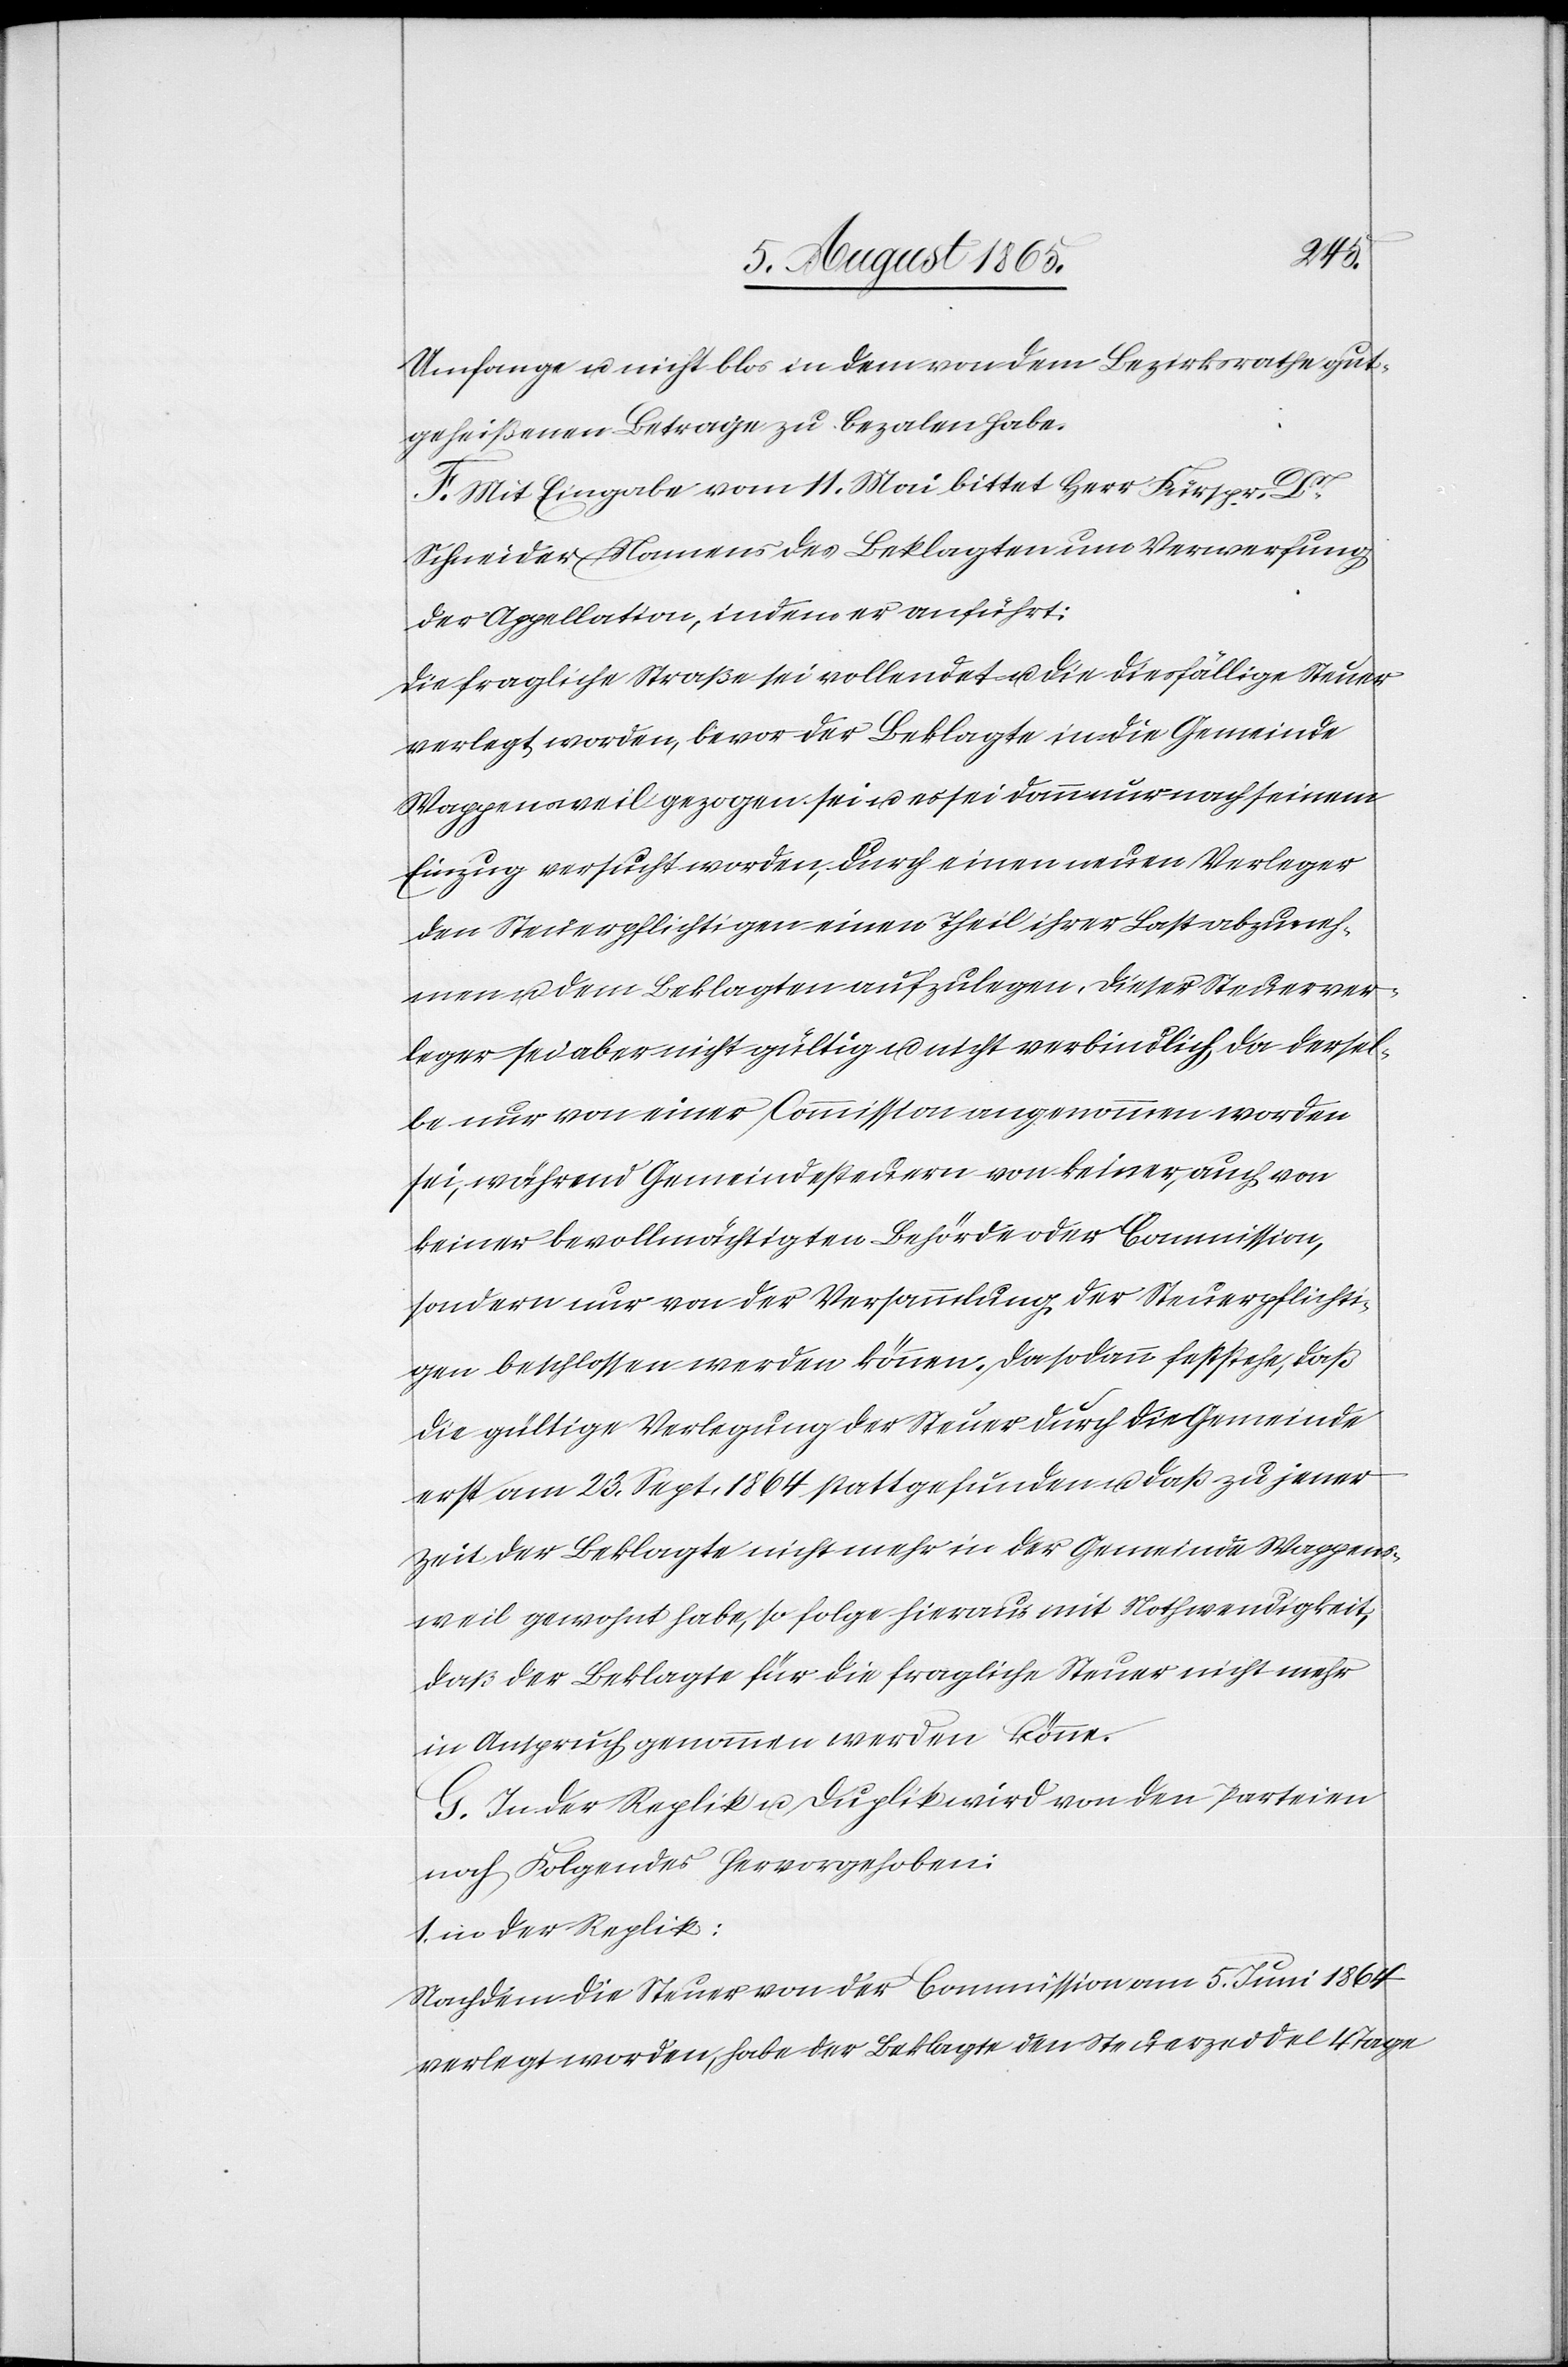
Umfange u. nicht blos in dem von dem Bezirksrathe gut¬
geheißenen Betrage zu bezalen habe.
F. Mit Eingabe vom 11. Mai bittet Herr Fürspr. Dr
Schneider Namens des Beklagten um Verwerfung
der Appellation, indem er anführt:
Die fragliche Straße sei vollendet u. die diesfällige Steuer
verlegt worden, bevor der Beklagte in die Gemeinde
Wappensweil gezogen sei u. es sei dann nur nach seinem
Einzug versucht worden, durch einen neuen Verleger
den Steuerpflichtigen einen Theil ihrer Last abzuneh¬
men u. dem Beklagten aufzulegen. Dieser Steuerver¬
leger sei aber nicht gültig u. nicht verbindlich, da dersel¬
be nur von einer Commission angenommen worden
sei, während Gemeindesteuern von keiner, auch von
keiner bevollmächtigten Behörde oder Commission,
sondern nur von der Versammlung der Steuerpflichti¬
gen beschlossen werden können. Da sodann feststehe, daß
die gültige Verlegung der Steuer durch die Gemeinde
erst am 23. Sept. 1864 stattgefunden u. daß zu jener
Zeit der Beklagte nicht mehr in der Gemeinde Wappens¬
weil gewohnt habe, so folge hieraus mit Nothwendigkeit,
daß der Beklagte für die fragliche Steuer nicht mehr
in Anspruch genommen werden könne.
G. In der Replik u. Duplik wird von den Parteien
noch Folgendes hervorgehoben:
1. in der Replik:
Nachdem die Steuer von der Commission am 5. Juni 1864
verlegt worden, habe der Beklagte den Steuerzeddel 4 Tage